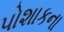
પોશાકના